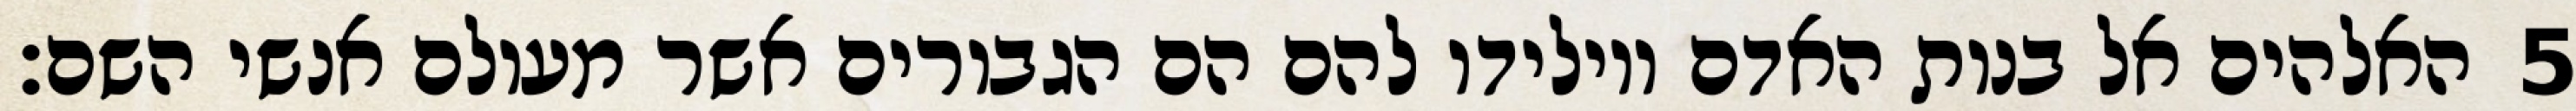
האלהים אל בנות האדם ויולידו להם הם הגבורים אשר מעולם אנשי השם׃ ‎5‏